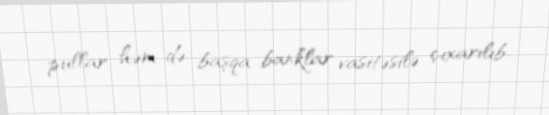
pullar həm də başqa banklar vasitəsilə çıxarılıb.